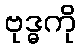
ဗုဒ္ဓကို